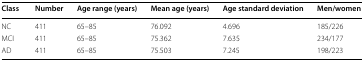
| Class | Number | Age range (years) | Mean age (years) | Age standard deviation | Men/women |
 | --- | --- | --- | --- | --- | --- |
 | NC | 411 | 65–85 | 76.092 | 4.696 | 185/226 |
 | MCI | 411 | 65–85 | 75.362 | 7.635 | 234/177 |
 | AD | 411 | 65–85 | 75.503 | 7.245 | 198/223 |